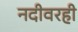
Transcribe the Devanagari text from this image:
नदीवरही